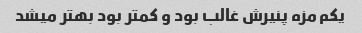
یکم مزه پنیرش غالب بود و کمتر بود بهتر میشد